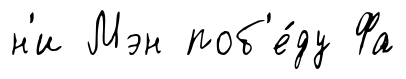
н'и Мэн поб'е́ду Фа